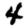
Digit: 4